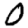
Digit: 0